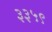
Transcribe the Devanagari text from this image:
३३५९